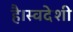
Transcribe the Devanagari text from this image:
है।स्वदेशी